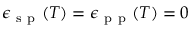
\epsilon _ { \mathrm { ~ s ~ p ~ } } ( T ) = \epsilon _ { \mathrm { ~ p ~ p ~ } } ( T ) = 0